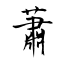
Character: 蕭